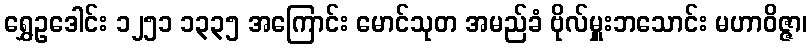
ရွှေဥဒေါင်း ၁၂၅၁ ၁၃၃၅ အကြောင်း မောင်သုတ အမည်ခံ ဗိုလ်မှူးဘသောင်း မဟာဝိဇ္ဇာ၊